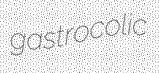
gastrocolic